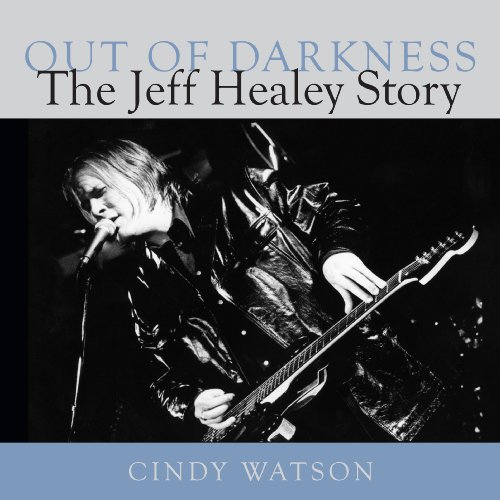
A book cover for Out of Darkness: The Jeff Healey Story; Cindy Watson; Teen & Young Adult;